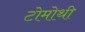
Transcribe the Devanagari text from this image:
टोमोथी